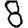
Digit: 8